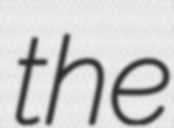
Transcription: the